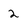
Character: 2